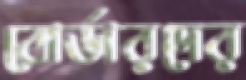
বোর্ডারদের